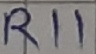
Text: R11